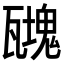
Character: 𤮟